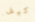
كيف